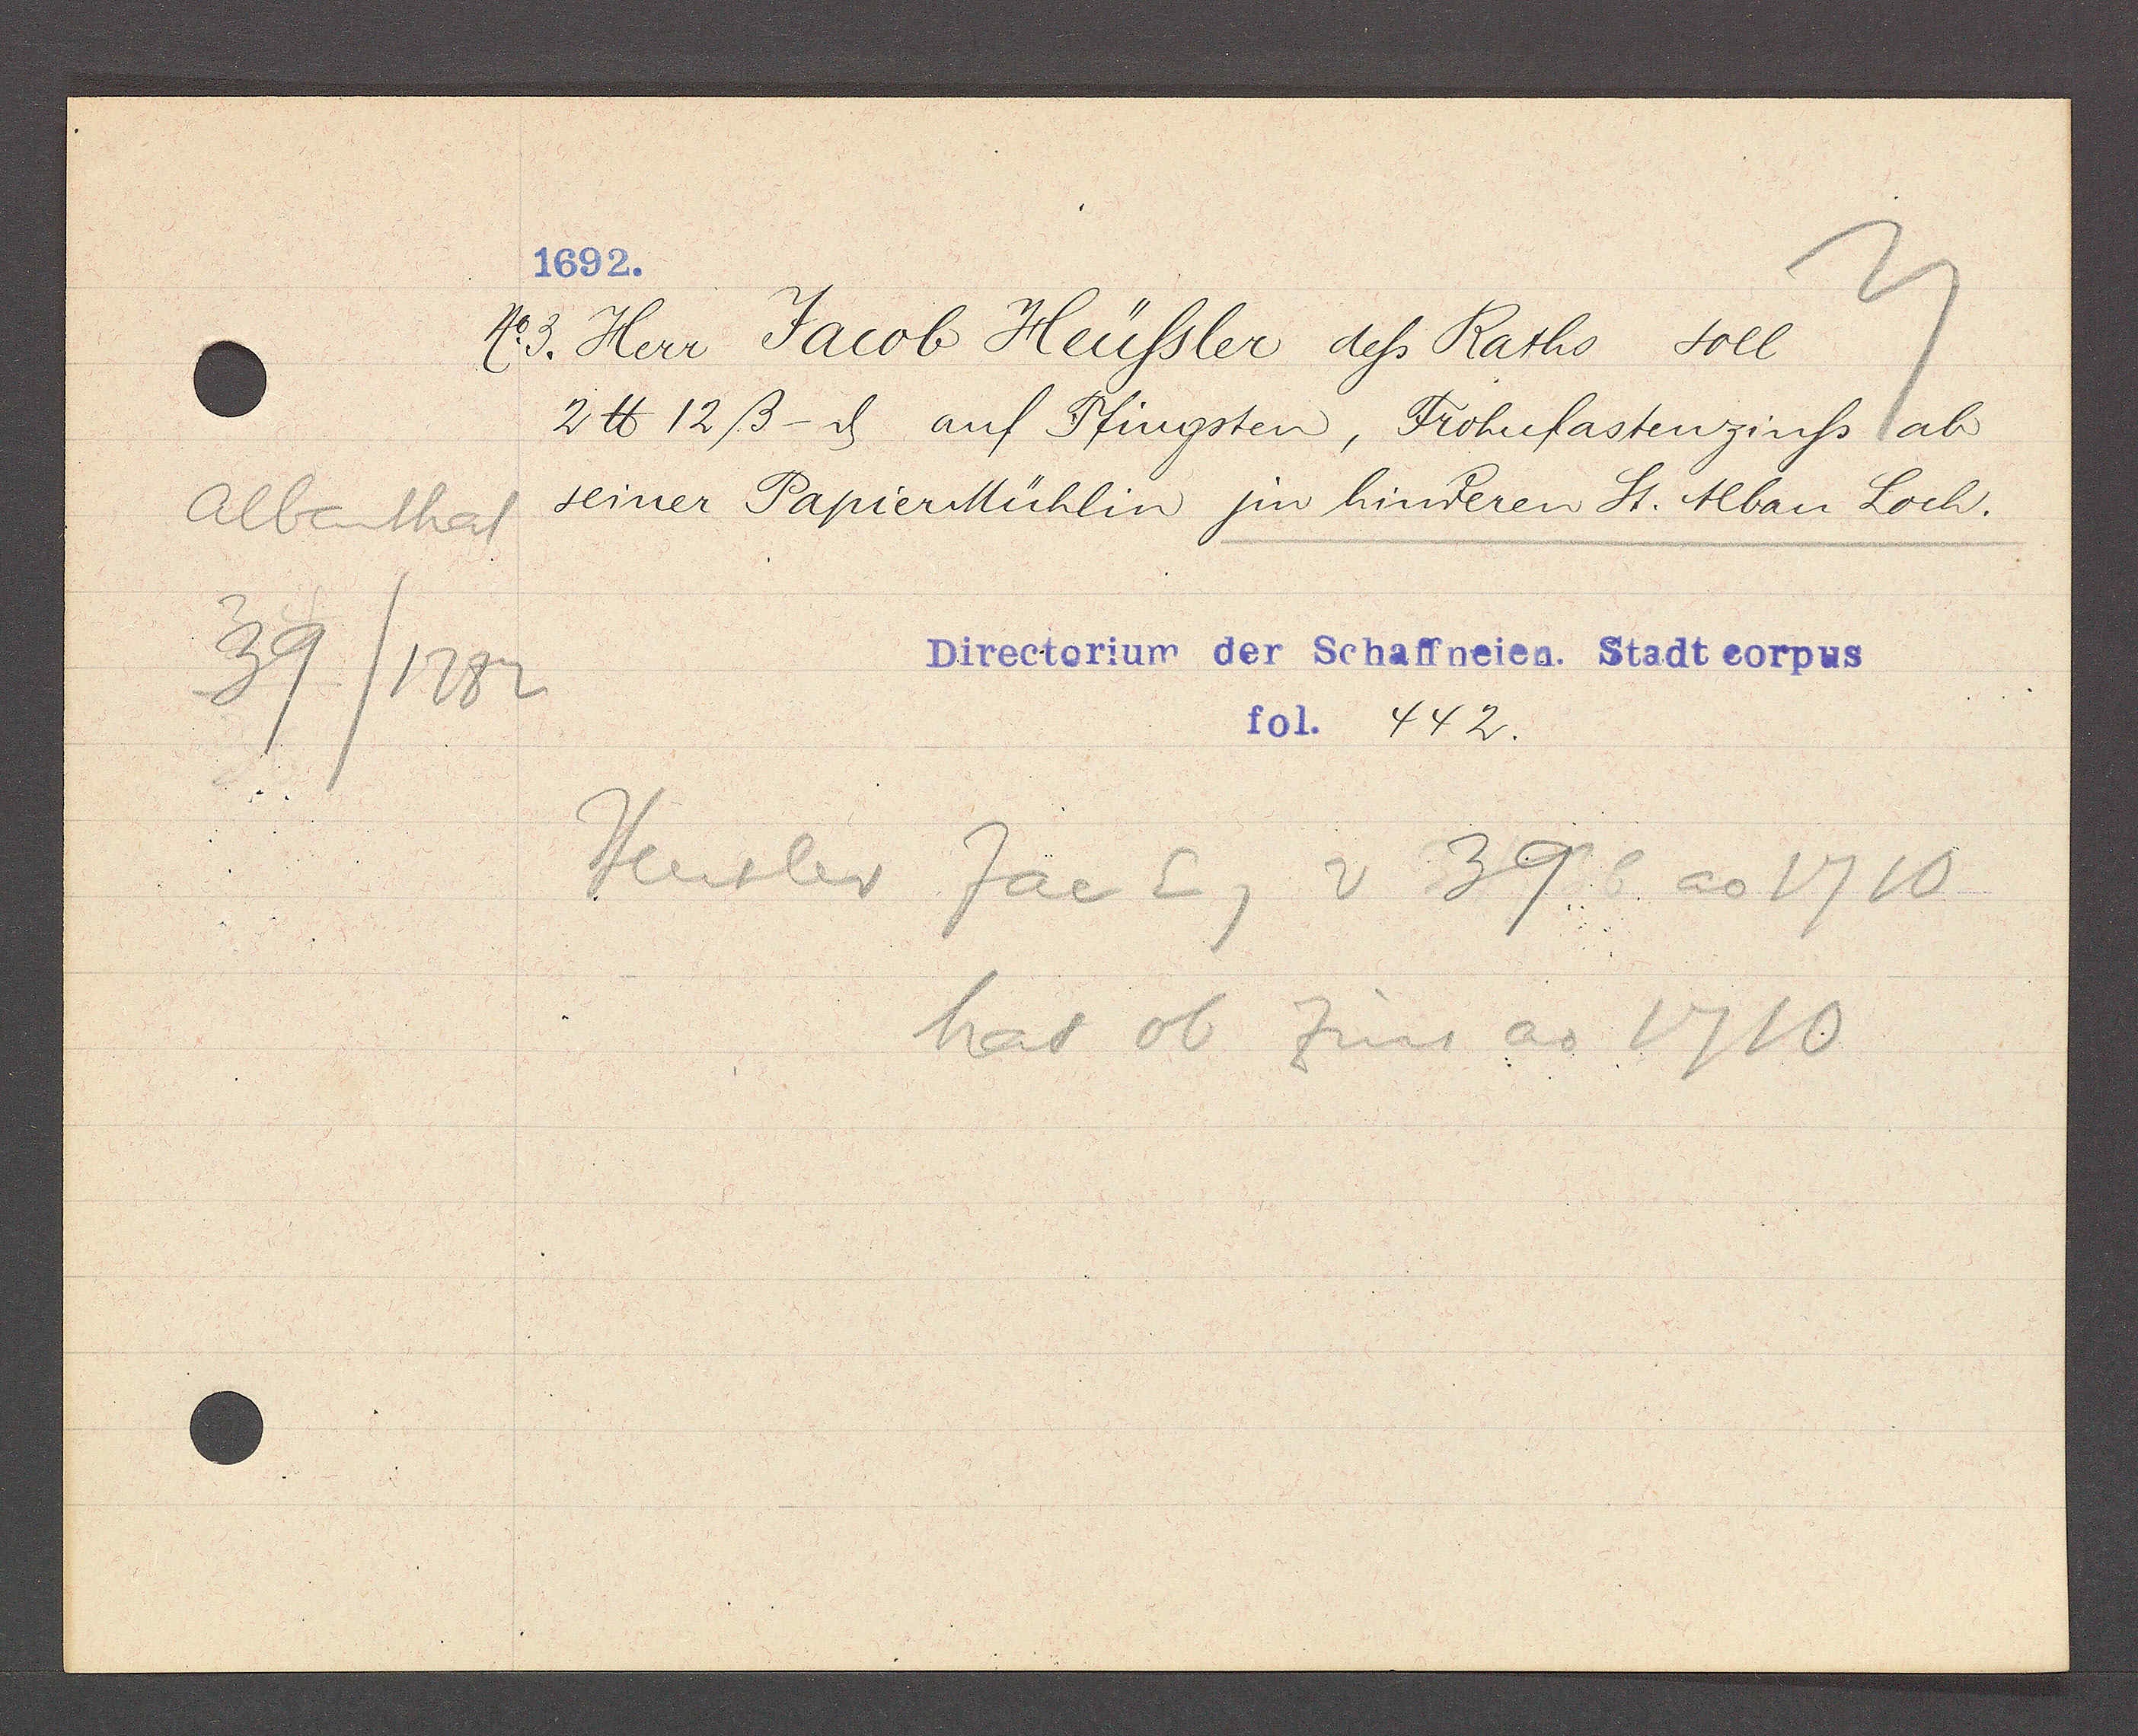
Transcript:
Albanthal
39/1282

1692.
No. 3. Herr Jacob Heüssler dess Raths soll
2 ℔ 12ß- ȡ auf Pfingsten, Frohnfastenzinss ab
seiner PapierMühlin jm hinderen St. Aban Loch.

Directorium der Schaffneien. Stadt corpus
fol. 442.

Heusler Jac Eig v 39 ao 1710
hat ob Zins ao 1710